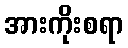
အားကိုးစရာ